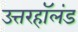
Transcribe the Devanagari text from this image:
उत्तरहॉलंड